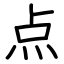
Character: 点